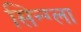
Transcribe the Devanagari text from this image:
सिन्ग्ला